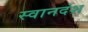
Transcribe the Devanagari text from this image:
स्वानदंश